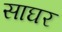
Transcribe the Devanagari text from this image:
साघर